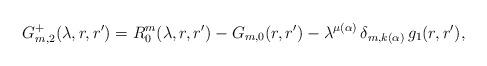
LaTeX: \begin{align*} G_{m,2}^+(\lambda, r,r') = R_0^m(\lambda, r,r') - G_{m,0}(r,r') - \lambda^{\mu(\alpha)}\, \delta_{m,k(\alpha)}\, g_1(r,r'),\end{align*}